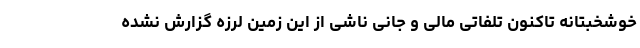
خوشخبتانه تاکنون تلفاتی مالی و جانی ناشی از این زمین لرزه گزارش نشده